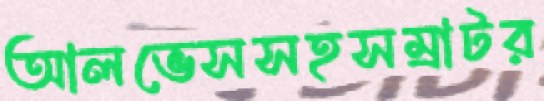
আলভেসসহসম্রাটর